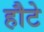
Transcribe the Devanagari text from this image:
हौटे